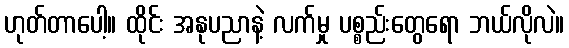
ဟုတ်တာပေါ့။ ထိုင်း အနုပညာနဲ့ လက်မှု ပစ္စည်းတွေရော ဘယ်လိုလဲ။